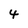
Character: 4